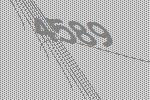
4589